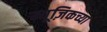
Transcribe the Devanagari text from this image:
म्यूज़िकच्या